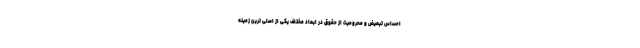
احساس تبعیض و محرومیت از حقوق در ابعاد مختلف یکی از اصلی ترین زمینه